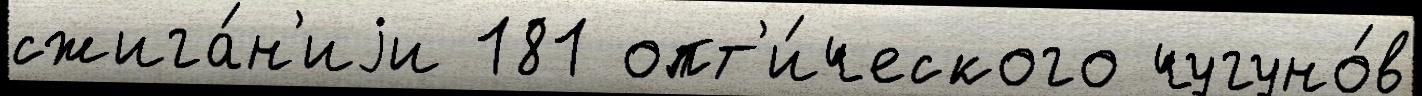
сжига́н'иjи 181 опт'и́ческого чугуно́в